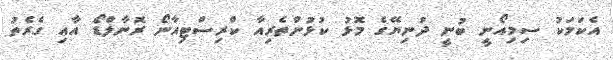
އެކަމަކު ސިމިއޯނީ ބުނީ ދުނިޔޭގެ މޮޅު ކުޅުންތެރިއާ ކްރިސްޓިއާނޯ ރޮނާލްޑޯ އާއި ގެރެތު